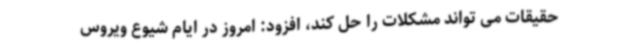
حقیقات می تواند مشکلات را حل کند، افزود: امروز در ایام شیوع ویروس